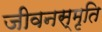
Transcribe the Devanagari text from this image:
जीवनस्मृति